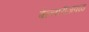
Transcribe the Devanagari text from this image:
बेल्लारीजवळ